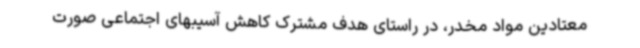
معتادین مواد مخدر، در راستای هدف مشترک کاهش آسیبهای اجتماعی صورت